Annual report on the working of the mental hospitals in the Madras Presidency - 1912-1932
Year: 1912
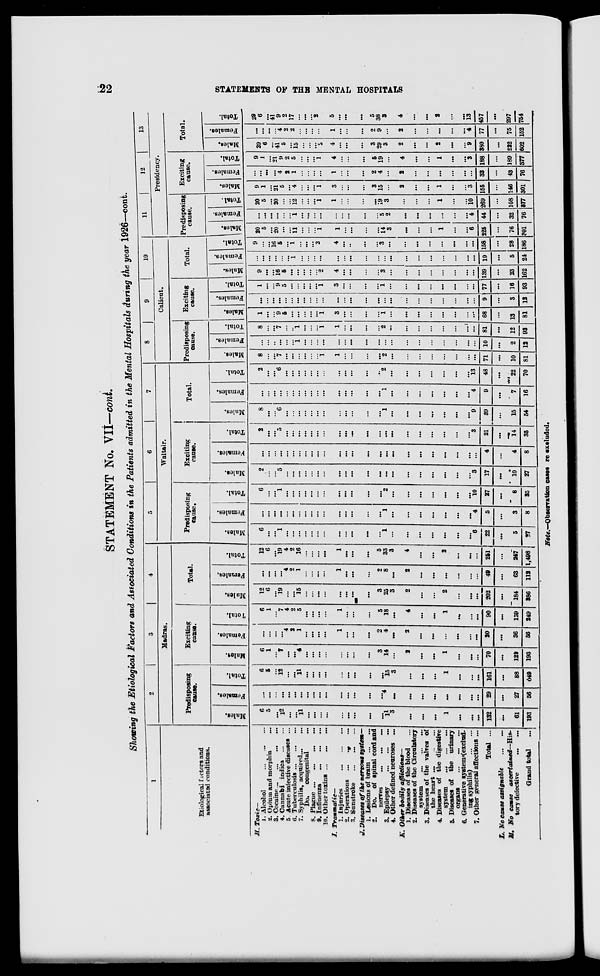
22
STATEMENTS OF THE MENTAL HOSPITALS
STATEMENT No. VII—cont.
Showing the Etiological Factors and Associated Conditions in the Patients admitted in the Mental Hospitals during the year 1926—cont.
1
Etiological factors and
associated conditions.
H. Toxic—
1. Alcohol
…
…
…
2. Opium and morphia
...
3. Cocaine … … … …
4. Cannabi indica … …
5. Acute infective diseases ...
6. Tuberculosis … … …
7. Syphilis, acquired … …
Do.
congenital …
8.
Plague
…
…
…
…
9. Influenza
…
…
…
10. Other toxins … … …
I.
Traumatic—
1. Injuries
…
…
…
2. Operations ...
…
...
3. Sunstroke
…
…
…
J. Diseases of the nervous system—
1. Lesions of brain … …
2. Do. of spinal cord and
nerves ... ... ...
3. Epilepsy
…
…
…
4. Other defined neuroses ...
K. Other bodily
afflictions—
1. Diseases of the blood …
2. Diseases of the Circulatory
system
…
…
…
3. Diseases of the valves of
the heart … … …
4. Diseases of the digestive
system
...
...
...
5. Diseases of the urinary
organs
... … …
6. Generative system (exclud-
ing syphilis)
…
…
7. Other general affections ...
Total ...
L. No cause assignable
…
…
M. No cause
ascertained—His-
tory defective … …
Grand total …
2
3
4
Madras.
Predisposing
cause.
Males.
6
5
...
12
…
…
11
…
…
…
...
…
…
...
...
…
11
3
…
…
…
1
…
…
...
132
…
61
193
Females.
…
…
...
…
…
…
...
…
...
…
…
…
…
...
...
…
4
…
…
…
…
…
…
…
...
29
…
27
56
Total.
6
5
...
12
...
...
11
…
…
…
…
...
...
...
...
…
15
3
…
…
…
1
…
…
…
161
…
88
649
Exciting
cause.
Males.
6
1
...
7
...
...
4
...
...
...
...
...
...
...
…
3
14
...
2
...
…
1
…
…
...
70
...
123
193
Females.
…
...
...
…
4
2
1
…
…
…
...
1
…
…
…
2
4
...
2
…
…
…
...
…
…
20
...
36
56
Total.
6
1
...
7
4
2
5
...
…
…
...
1
...
...
…
5
18
…
4
…
…
1
…
…
…
90
…
159
249
Total.
Males.
12
6
…
19
...
...
15
...
…
…
...
...
…
...
…
3
25
3
2
…
…
2
…
…
…
202
...
184
386
Females.
...
...
...
...
4
2
1
...
...
...
...
1
…
…
…
2
8
...
2
…
…
…
…
…
...
49
...
63
112
Total.
12
6
…
19
4
2
16
...
...
...
...
1
…
…
…
…
33
3
4
...
…
2
…
…
…
251
...
247
1,498
5
6
7
Waltair.
Predisposing
cause.
Males.
6
...
...
1
...
...
...
...
...
...
...
...
…
...
…
…
1
...
...
...
…
...
…
…
6
22
...
5
27
Females.
...
...
...
...
...
...
...
...
...
...
...
...
...
…
...
…
1
…
…
…
…
…
…
...
4
5
...
3
8
Total.
6
…
...
1
…
...
...
...
...
...
...
...
...
...
…
…
2
…
…
…
…
…
…
…
10
27
…
8
35
Exciting
cause.
Males.
2
…
...
5
…
…
...
...
…
…
...
...
...
…
…
…
…
...
…
…
…
…
…
…
3
17
...
10
27
Females.
…
…
…
…
…
…
…
…
…
…
…
…
...
...
…
…
…
...
…
...
…
…
…
…
...
4
...
4
8
Total.
2
…
…
5
…
…
…
…
…
…
…
…
…
…
…
…
…
...
…
…
…
…
…
…
3
21
…
14
35
Total.
Males.
8
…
…
6
…
…
…
...
...
…
…
…
...
...
…
…
1
…
…
…
…
…
…
…
9
39
…
15
54
Females.
…
…
...
…
…
…
...
…
…
…
...
…
…
…
…
…
1
...
…
…
…
…
…
…
4
9
...
7
16
Total.
2
…
…
6
…
...
…
…
…
…
...
…
...
...
…
…
2
...
…
…
…
…
…
…
13
48
…
22
70
8
9 10
Calicut.
Predisposing
cause.
Males.
8
…
…
7
…
...
…
…
…
…
1
1
…
…
…
…
2
…
…
…
…
…
…
…
…
71
…
10
81
Females.
…
…
…
…
…
…
1
…
…
…
…
…
…
...
...
…
…
...
…
…
…
…
…
…
…
10
…
2
12
Total.
8
…
...
7
…
…
1
…
…
…
1
1
…
...
...
…
2
...
…
…
…
…
…
...
...
81
…
12
93
Exciting
cause.
Males.
1
…
…
9
5
…
...
…
…
…
1
3
…
...
…
…
1
…
…
…
…
...
…
…
…
68
...
13
81
Females.
…
…
…
…
…
...
...
...
…
…
...
...
…
...
…
…
…
...
…
…
…
…
…
…
…
9
...
3
12
Total.
1
…
…
9
5
…
…
…
…
...
1
3
...
...
...
…
1
…
…
…
…
…
…
…
...
77
…
16
93
Total.
Males.
9
…
…
16
5
…
...
…
…
…
2
4
…
...
…
…
3
…
…
…
…
…
…
…
…
139
...
23
162
Females.
...
...
...
...
...
…
1
...
...
...
...
…
…
...
…
…
…
...
…
…
…
…
…
…
...
19
...
5
24
Total.
9
...
…
16
5
…
1
...
...
...
2
4
...
...
...
…
3
...
…
...
…
…
...
…
…
158
...
28
186
11
12
13
Presidency.
Predisposing
cause.
Males.
20
5
...
20
...
...
11
...
...
...
1
1
…
…
…
…
14
3
…
...
…
1
…
…
6
225
...
76
301
Females.
...
...
...
...
...
...
1
...
…
...
...
...
...
...
...
…
5
2
…
…
…
…
…
…
4
44
...
32
76
Total.
20
5
...
20
…
...
12
...
...
...
1
1
...
...
...
...
19
3
...
…
…
1
…
…
10
269
...
108
377
Exciting
cause.
Males.
9
1
...
21
5
...
4
...
...
...
1
3
...
...
...
3
15
...
2
...
…
1
…
…
3
155
...
146
301
Females.
…
…
…
...
4
2
1
...
...
...
...
1
...
...
...
2
4
...
2
…
…
...
…
...
...
33
...
43
76
Total.
9
1
...
21
9
2
5
...
...
...
1
4
...
...
...
5
19
...
4
…
…
1
…
…
3
188
...
189
377
Total.
Males.
29
6
…
41
5
…
15
…
…
…
2
4
...
...
...
3
29
3
2
...
…
2
...
…
9
380
...
222
602
Females.
...
...
...
...
4
2
2
...
...
...
...
1
...
...
...
2
9
...
2
…
…
...
…
...
4
77
...
75
152
Total.
29
6
...
41
9
2
17
...
...
…
2
5
...
...
...
5
38
3
4
...
…
2
…
...
13
457
...
297
754
Note.—Observation cases re-excluded.